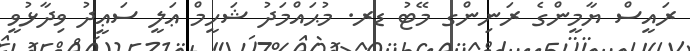
ރައީސް ޔާމީންގެ ރަނިންގ މޭޓު ޑރ. މުޙައްމަދު ޝަހީމް ޢަލީ ސަޢީދު ވިދާޅުވީ